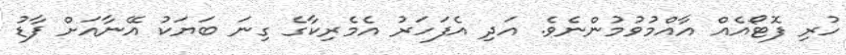
ހުރި ފޮޓޯއެއް އާއްމުވުމުންނެވެ. އަދި އެފަހަރު އެމެރިކާގެ ގިނަ ބަޔަކު އޭނާއަށް ފާޑު